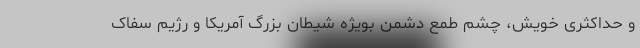
و حداکثری خویش، چشم طمع دشمن بویژه شیطان بزرگ آمریکا و رژیم سفاک